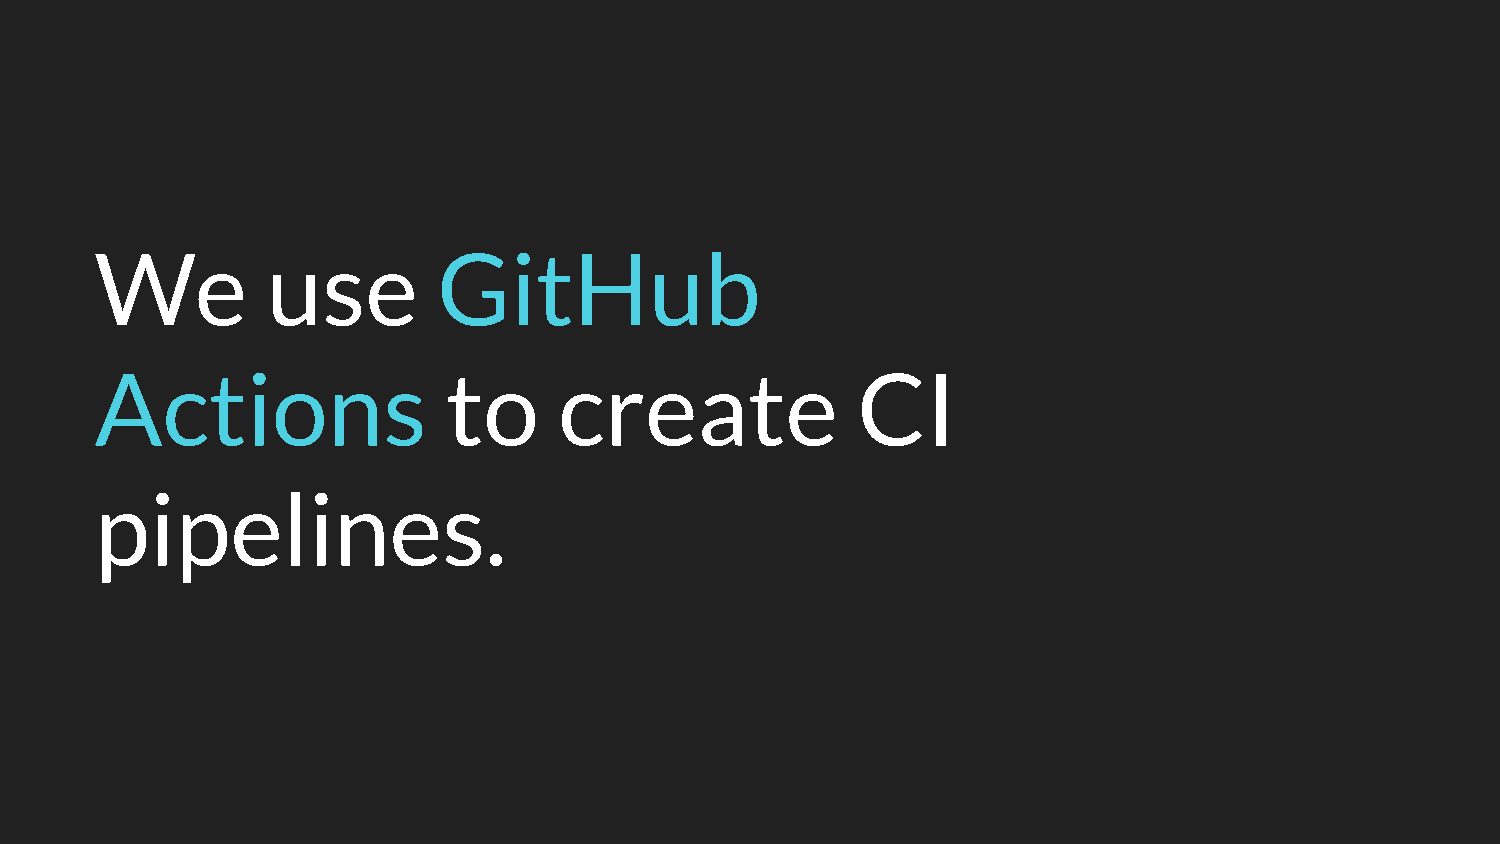
We          use        GitHub
 Actions                 to     create              CI
 pipelines.